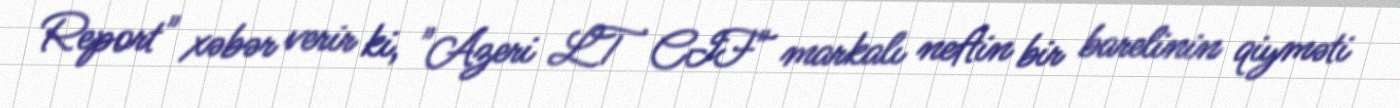
Report" xəbər verir ki, "Azeri LT CIF" markalı neftin bir barelinin qiyməti